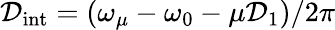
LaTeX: \mathcal{D}_{\mathrm{{int}}}=(\omega_{\mu}-\omega_{0}-\mu\mathcal{D}_{1})/2\pi